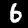
Label: 6